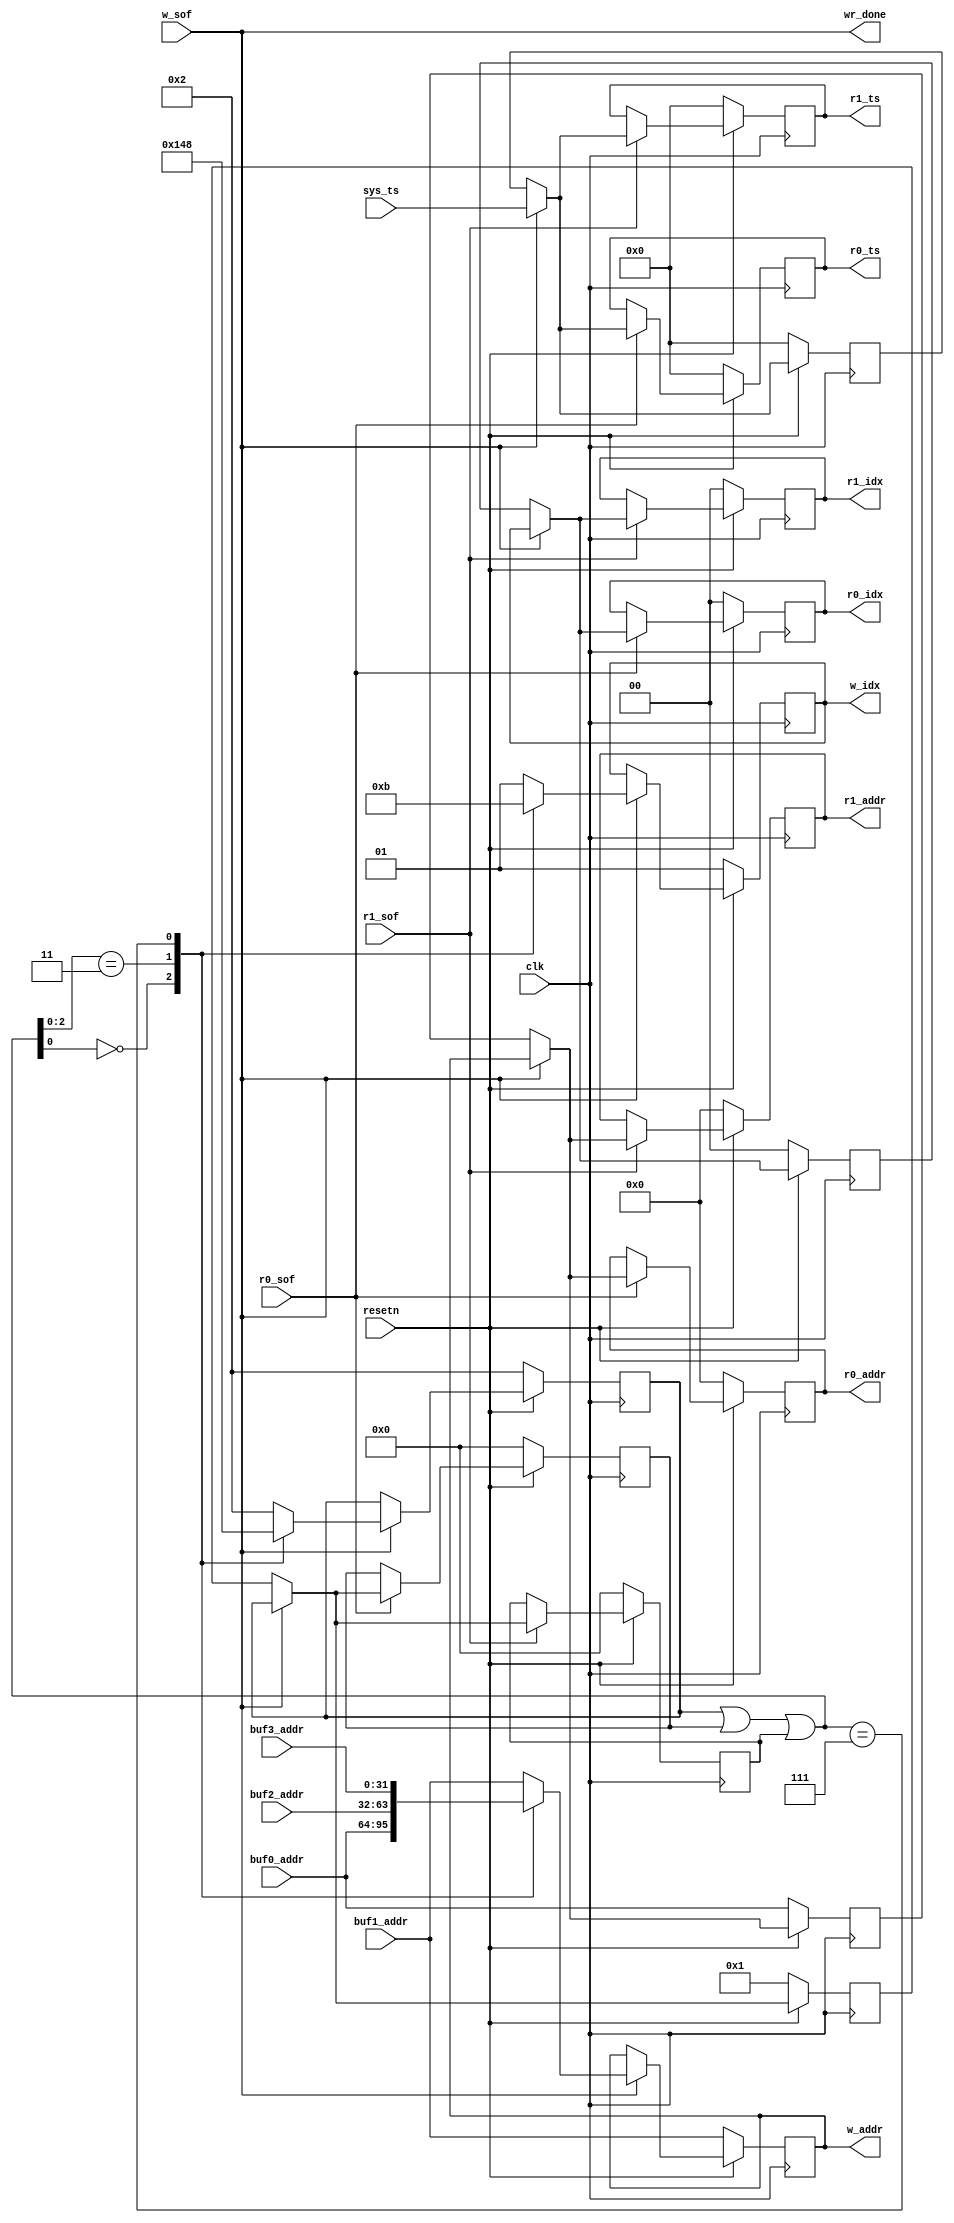
`timescale 1ns / 1ps
//////////////////////////////////////////////////////////////////////////////////
// Company:
// Engineer:
//
// Design Name:
// Module Name: mutex_buffer_ctl
// Project Name:
// Target Devices:
// Tool Versions:
// Description:
//
// Dependencies:
//
// Revision:
// Revision 0.01 - File Created
// Additional Comments:
//
//////////////////////////////////////////////////////////////////////////////////
module mutex_buffer #
(
	parameter integer C_ADDR_WIDTH = 32,
	parameter integer C_TS_WIDTH = 64,
	parameter integer C_BUFF_IDX_WIDTH = 2
) (
	input wire clk,
	input wire resetn,

	output wire wr_done,

	input wire [C_ADDR_WIDTH-1:0] buf0_addr,
	input wire [C_ADDR_WIDTH-1:0] buf1_addr,
	input wire [C_ADDR_WIDTH-1:0] buf2_addr,
	input wire [C_ADDR_WIDTH-1:0] buf3_addr,

	input wire [C_TS_WIDTH-1:0]   sys_ts,

	input wire w_sof,
	output reg [C_ADDR_WIDTH-1:0] w_addr,
	output reg [C_BUFF_IDX_WIDTH-1:0] w_idx,

	input wire                        r0_sof,
	output reg [C_ADDR_WIDTH-1:0]     r0_addr,
	output reg [C_BUFF_IDX_WIDTH-1:0] r0_idx,
	output reg [C_TS_WIDTH-1:0]       r0_ts,

	input wire                        r1_sof,
	output reg [C_ADDR_WIDTH-1:0]     r1_addr,
	output reg [C_BUFF_IDX_WIDTH-1:0] r1_idx,
	output reg [C_TS_WIDTH-1:0]       r1_ts
);

	localparam integer C_READER_NUM = 2;
	localparam integer C_BUFF_NUM = C_READER_NUM + 2;

	assign wr_done = w_sof;

	reg [C_BUFF_NUM-1:0]	r0_bmp;
	reg [C_BUFF_NUM-1:0]	r1_bmp;

	reg [C_ADDR_WIDTH-1:0]	last_addr;
	reg [C_BUFF_NUM-1:0]	last_bmp;
	reg [C_BUFF_IDX_WIDTH-1:0] last_idx;
	reg [C_TS_WIDTH-1:0]    last_ts;

	reg [C_BUFF_NUM-1:0]	w_bmp;

	/// reader 0
	always @(posedge clk) begin
		if (resetn == 0) begin
			r0_addr <= 0;
			r0_bmp  <= 0;
			r0_idx  <= 0;
			r0_ts   <= 0;
		end
		else if (r0_sof) begin
			if (w_sof) begin
				r0_addr <= w_addr;
				r0_bmp  <= w_bmp;
				r0_idx  <= w_idx;
				r0_ts   <= sys_ts;
			end
			else begin
				r0_addr <= last_addr;
				r0_bmp  <= last_bmp;
				r0_idx  <= last_idx;
				r0_ts   <= last_ts;
			end
		end
	end

	/// reader 1 (same as reader 0)
	always @(posedge clk) begin
		if (resetn == 0) begin
			r1_addr <= 0;
			r1_bmp  <= 0;
			r1_idx  <= 0;
			r1_ts   <= 0;
		end
		else if (r1_sof) begin
			if (w_sof) begin
				r1_addr <= w_addr;
				r1_bmp  <= w_bmp;
				r1_idx  <= w_idx;
				r1_ts   <= sys_ts;
			end
			else begin
				r1_addr <= last_addr;
				r1_bmp  <= last_bmp;
				r1_idx  <= last_idx;
				r1_ts   <= last_ts;
			end
		end
	end

	/// last done (ready for read)
	always @(posedge clk) begin
		if (resetn == 0) begin
			last_addr <= buf0_addr;
			last_bmp  <= 4'b0001;
			last_idx  <= 0;
			last_ts   <= 0;
		end
		else if (w_sof) begin
			last_addr <= w_addr;
			last_bmp  <= w_bmp;
			last_idx  <= w_idx;
			last_ts   <= sys_ts;
		end
	end

	always @(posedge clk) begin
		if (resetn == 0) begin
			w_addr <= buf1_addr;
			w_bmp  <= 4'b0010;
			w_idx  <= 1;
		end
		else if (w_sof) begin
			casez (w_bmp | r0_bmp | r1_bmp)
			4'b???0: begin
				w_addr	<= buf0_addr;
				w_bmp	<= 4'b0001;
				w_idx	<= 0;
			end
			4'b??01: begin
				w_addr	<= buf1_addr;
				w_bmp	<= 4'b0010;
				w_idx	<= 1;
			end
			4'b?011: begin
				w_addr	<= buf2_addr;
				w_bmp	<= 4'b0100;
				w_idx	<= 2;
			end
			4'b0111: begin
				w_addr	<= buf3_addr;
				w_bmp	<= 4'b1000;
				w_idx	<= 3;
			end
			default: begin
				w_addr <= buf1_addr;
				w_bmp  <= 4'b0010;
				w_idx  <= 1;
			end
			endcase
		end
	end

endmodule